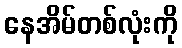
နေအိမ်တစ်လုံးကို